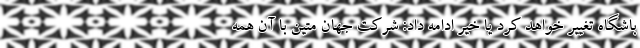
باشگاه تغییر خواهد کرد یا خیر ادامه داد: شرکت جهان متین با آن همه